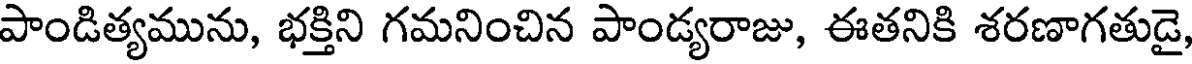
పాండిత్యమును, భక్తిని గమనించిన పాండ్యరాజు, ఈతనికి శరణాగతుడై,